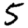
Digit: 5